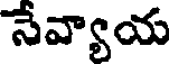
నేవ్యాయ